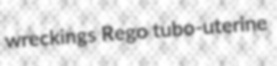
wreckings Rego tubo-uterine